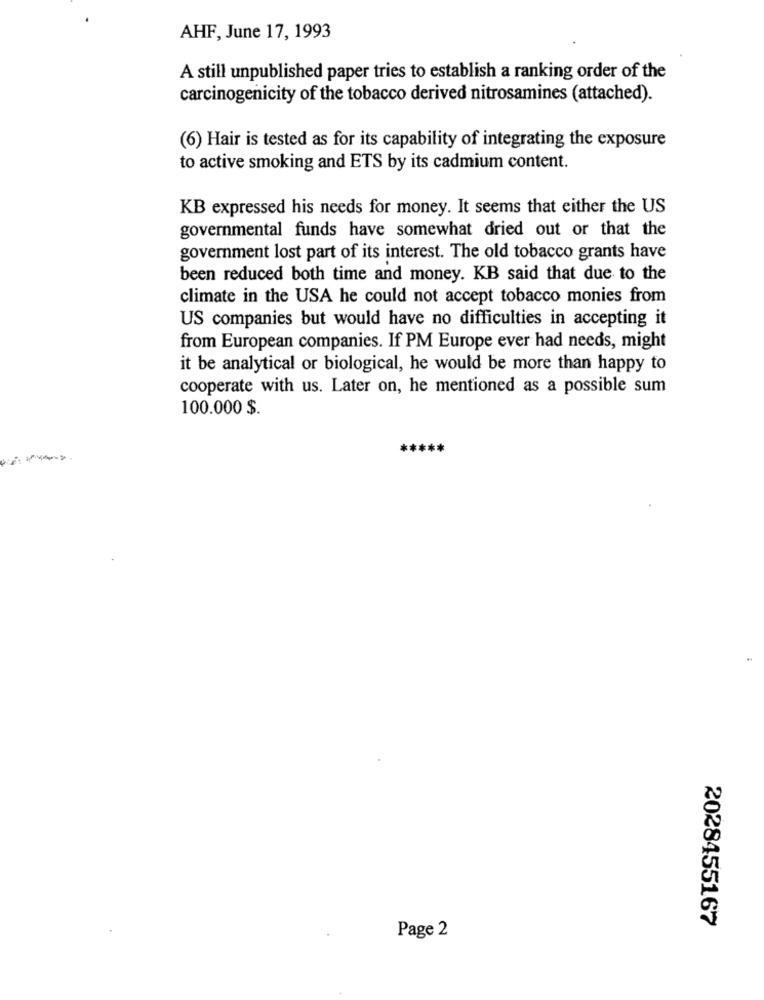
AHF, June 17, 1993
A still unpublished paper tries to establish a ranking order of the
carcinogenicity of the tobacco derived nitrosamines (attached).
(6) Hair is tested as for its capability of integrating the exposure
to active smoking and ETS by its cadmium content.
KB expressed his needs for money. It seems that either the US
governmental funds have somewhat dried out or that the
government lost part of its interest. The old tobacco grants have
been reduced both time and money. KB said that due to the
climate in the USA he could not accept tobacco monies from
US companies but would have no difficulties in accepting it
from European companies. If PM Europe ever had needs, might
it be analytical or biological, he would be more than happy to
cooperate with us. Later on, he mentioned as a possible sum
100.000 $.
2028455167
Page 2